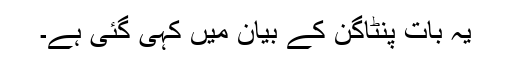
یہ بات پنٹاگن کے بیان میں کہی گئی ہے۔